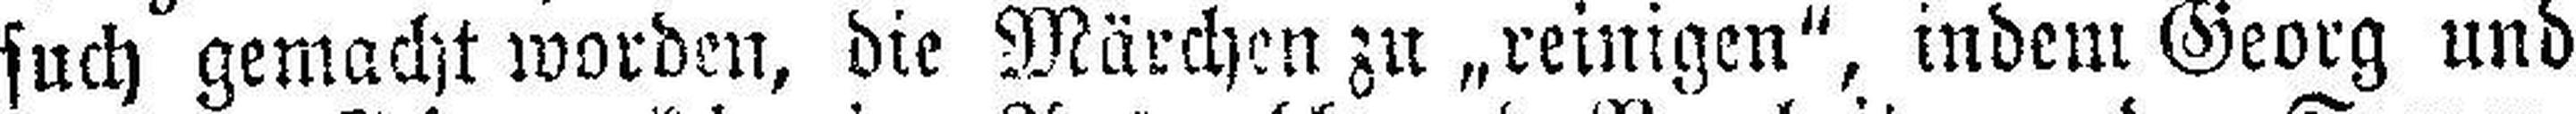
such gemacht worden, die Märchen zu „reinigen“, indem Georg und